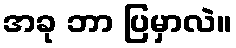
အခု ဘာ ပြမှာလဲ။